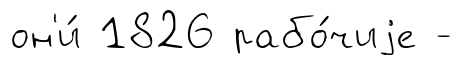
он'и́ 1826 рабо́чиjе -